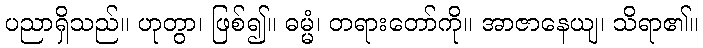
ပညာရှိသည်။ ဟုတွာ၊ ဖြစ်၍။ ဓမ္မံ၊ တရားတော်ကို။ အာဇာနေယျ၊ သိရာ၏။